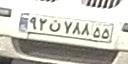
۹۲ن۷۸۸۵۵